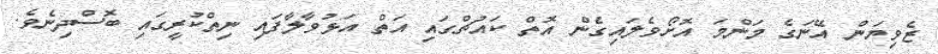
ޒެވިޔަން އޭނަގެ މަންމަ އޮށޯވެލައިގެން އޮތް ކައުޗްގައި އަތް އަޅުވާލާފައި ނިތްކުރީގައި ބޮސްދިނެވެ.